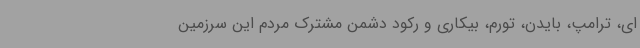
ای، ترامپ، بایدن، تورم، بیکاری و رکود دشمن مشترک مردم این سرزمین